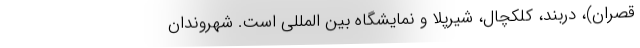
قصران)، دربند، کلکچال، شیرپلا و نمایشگاه بین المللی است. شهروندان